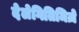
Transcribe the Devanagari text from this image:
देलेगितिमिज़े